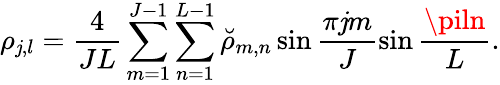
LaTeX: \rho_{\mathit{j},l}=\frac{{4}}{{JL}}\sum_{m=1}^{J-1}\sum_{n=1}^{L-1}{\breve{{\rho}}}_{m,n}\sin\frac{{\pi\mathit{j}m}}{{J}}\sin\frac{{\piln}}{{L}}.